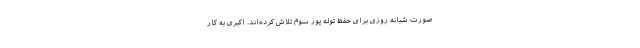
صورت شبانه روزی برای حفظ توله یوز سوم تلاش کرده‌اند. اکبری به کار